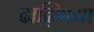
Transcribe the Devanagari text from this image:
ढाढ्णिया